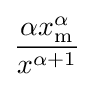
{\frac {\alpha x_{\mathrm {m} }^{\alpha }}{x^{\alpha +1}}}